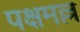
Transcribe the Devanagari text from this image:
पक्षमल्ल